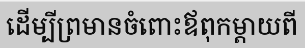
ដើម្បីព្រមានចំពោះឪពុកម្តាយពី